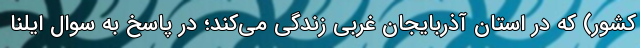
کشور) که در استان آذربایجان غربی زندگی می‌کند؛ در پاسخ به سوال ایلنا